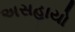
અસહાયો